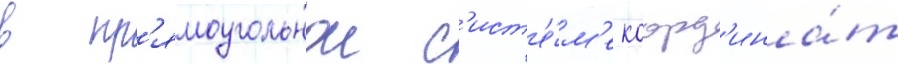
в пр'ямоугольнои с'ист'е́м'е коорд'ина́т